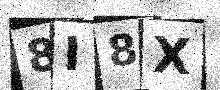
Text: 8I8X